Eesti_Vabariigi_Tartu_Ulikool, lk 91
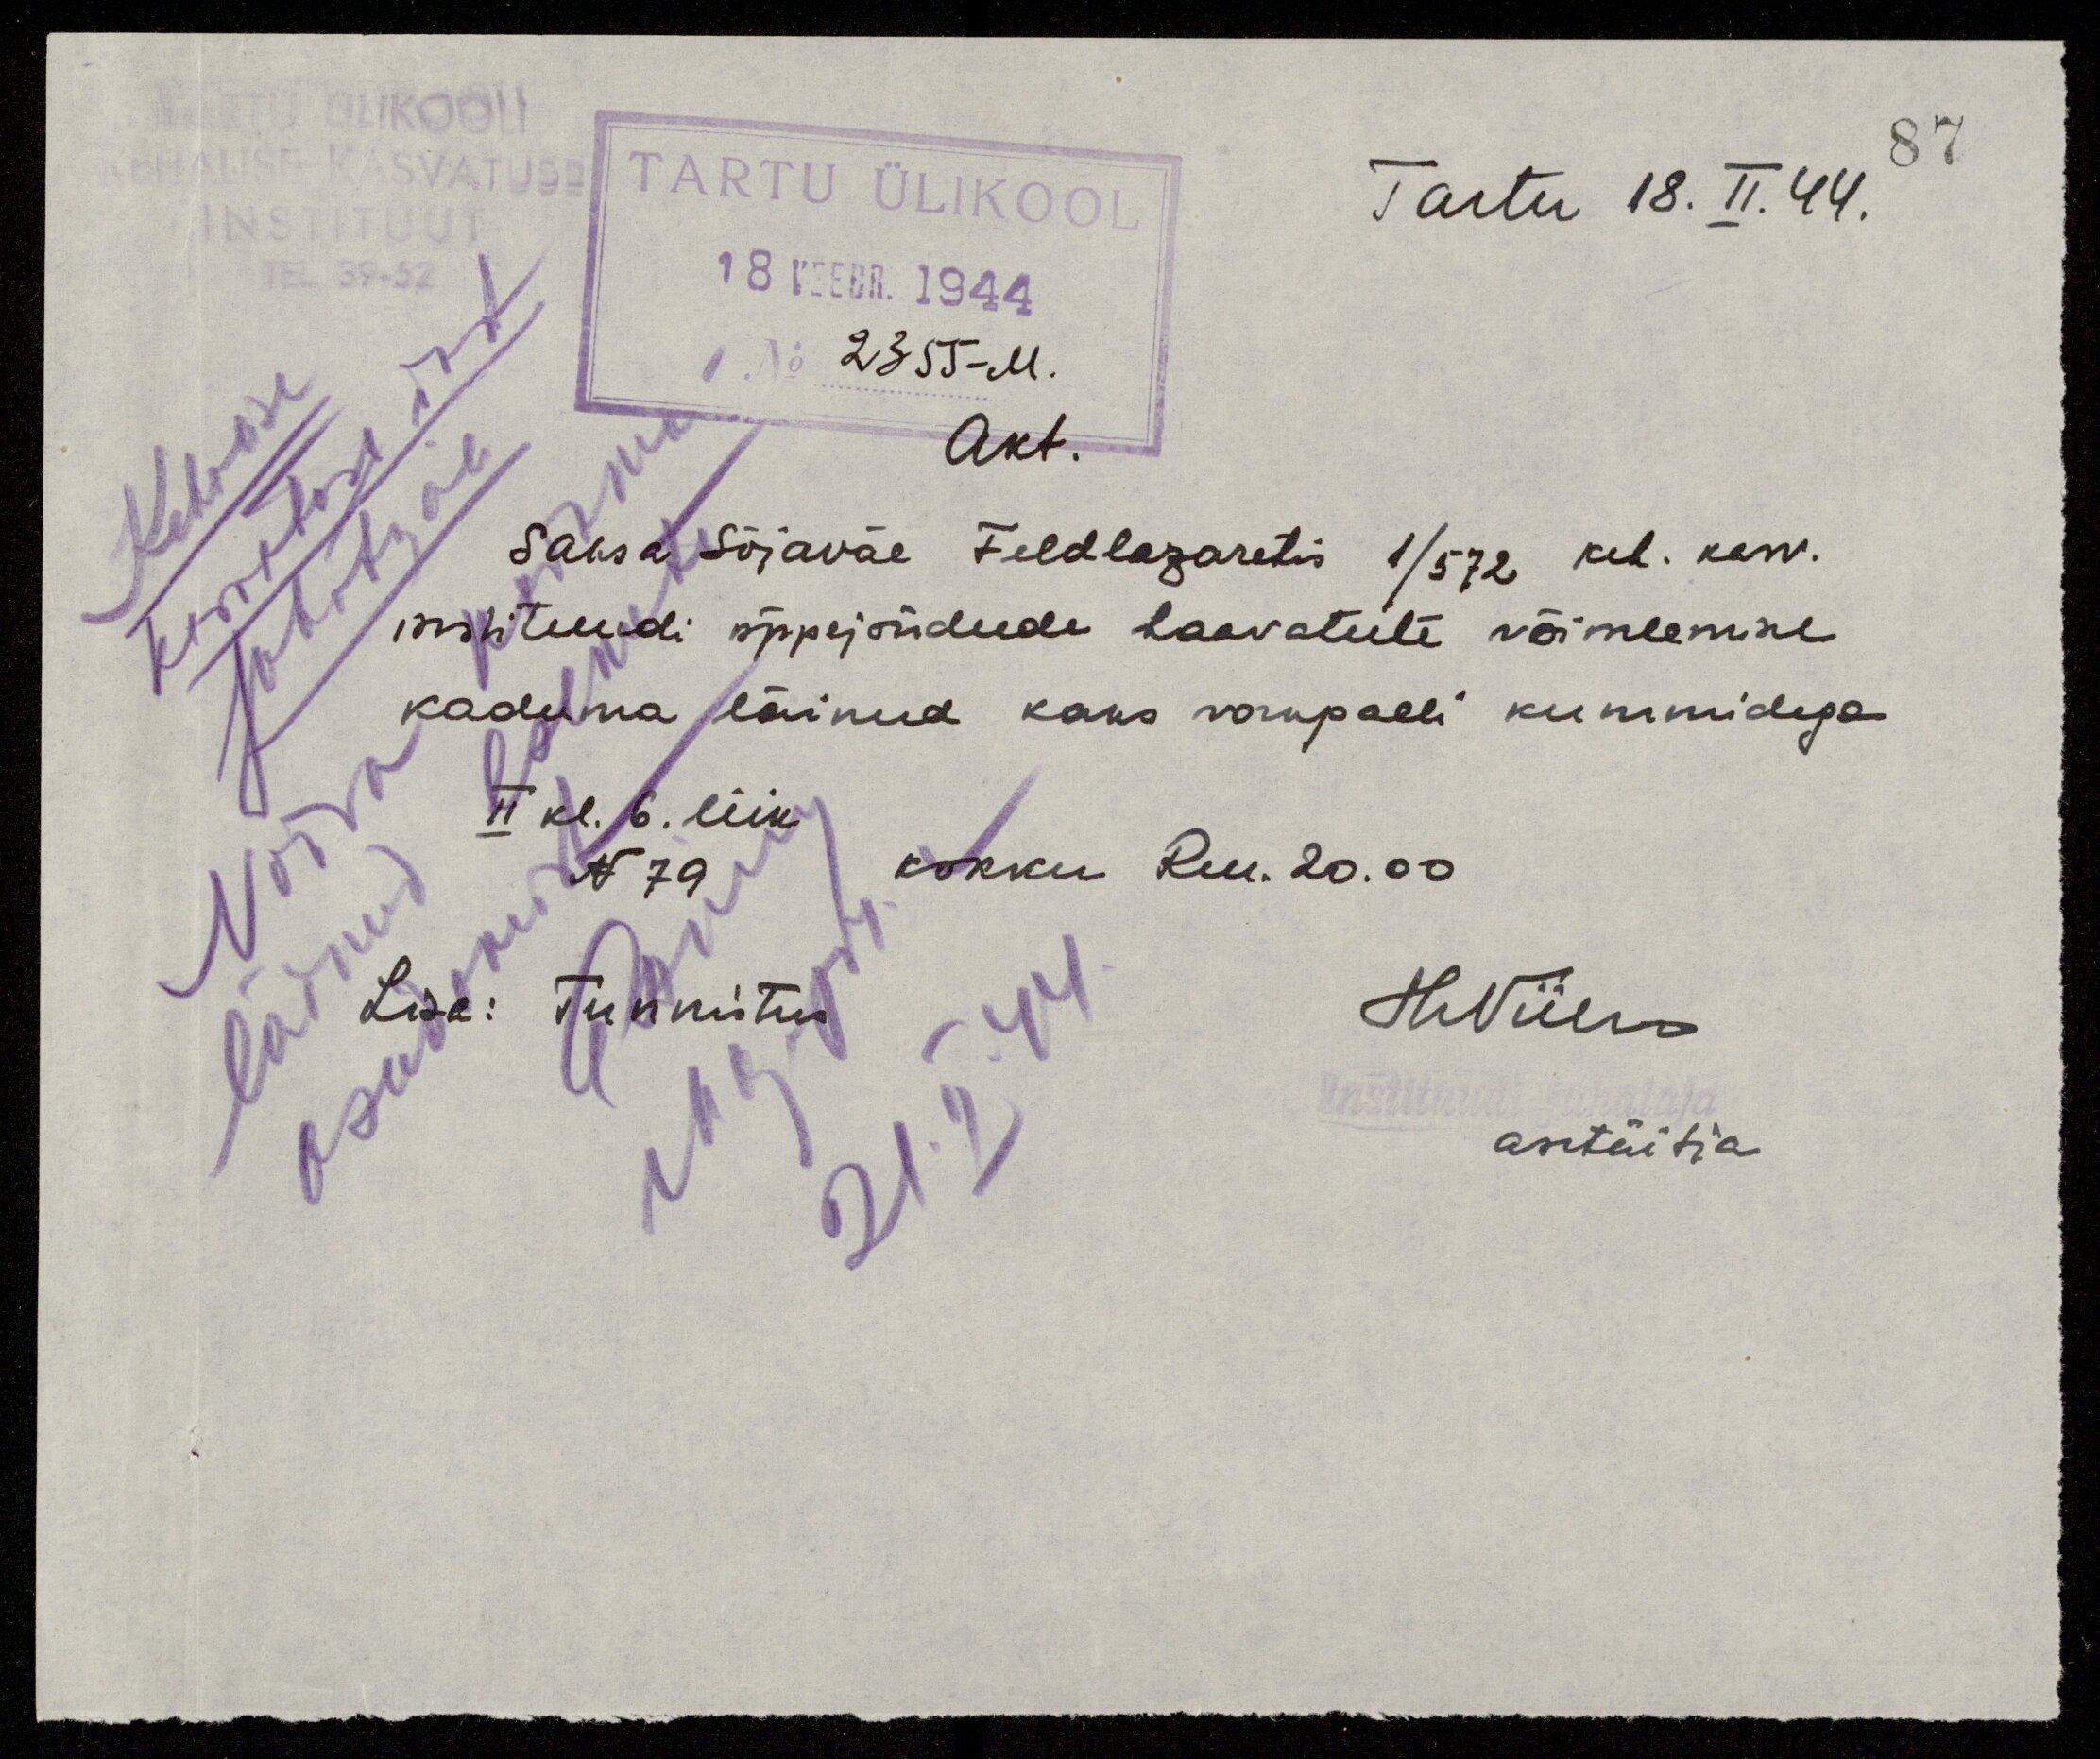
87
Tartu 18. II. 44.
TARTU ÜLIKOOL
18 VEEBR. 1944
Nr 2355-M.
Akt.
Saksa Sõjaväe Feldlazaretis 1/572 keh. kasv.
instituudi õppejõudude haavatute võimlemine
kaduma läinud kaks vorkpalli kummidega.
II kl. 6. liik.
kokku Ruu. 20.00
N 79
Lisa: Tunnistus
21.II.44
H. Viires
asetäitja